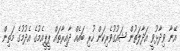
އޭނާ ވިދާޅުވީ އަދާލަތުން ޝައުގުވެރިކަން ހުރި ބައެއް ދާއިރާތައް ޕީޕީއެމުގެ އެދުމުގެ މަތިން